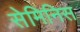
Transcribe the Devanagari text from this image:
सेमिनिस